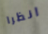
انظرا